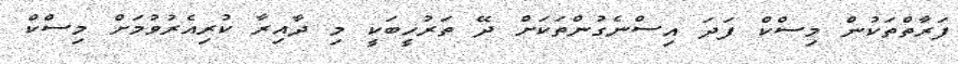
ފަރާތްތަކުން މިސްކް ފަދަ އިސްނެގުންތަކަށް ދޭ ތަރުހީބަކީ މި ދާއިރާ ކުރިއެރުވުމަށް މިސްކް